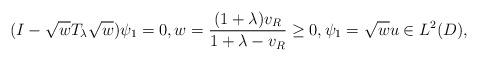
LaTeX: \begin{align*} (I- \sqrt {w}T_\lambda\sqrt {w})\psi_1=0, w=\frac{(1+\lambda)v_R}{1+\lambda- v_R}\geq 0, \psi_1=\sqrt {w}u\in L^2(D),\end{align*}